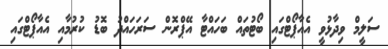
ސަލީމް ވިދާޅުވީ އެއާޕޯޓްގައި ބޯޓުތައް ބަހައްޓާ އޭޕްރޮން ސަރަހައްދު ބޮޑު ކުރުމާއި އެއާޕޯޓްގައި